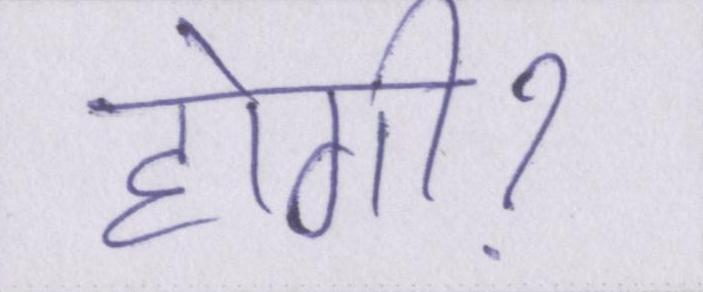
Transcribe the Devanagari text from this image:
होगीॽ